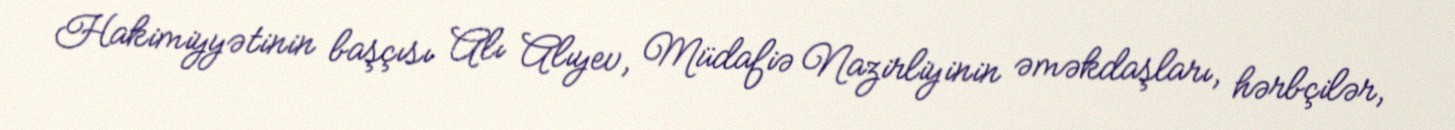
Hakimiyyətinin başçısı Alı Alıyev, Müdafiə Nazirliyinin əməkdaşları, hərbçilər,